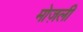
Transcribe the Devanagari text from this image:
मोज़ली